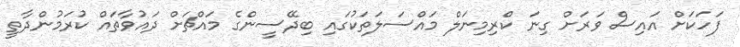
ފަހަކަށް އައިސް ވަރަށް ގިނަ ކްރިމިނަލް މައްސަލަތަކުގައި ބިދޭސީންގެ މައްޗަށް ދައުވާތައް ކުރަމުންދާތީ